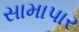
સામાપાર